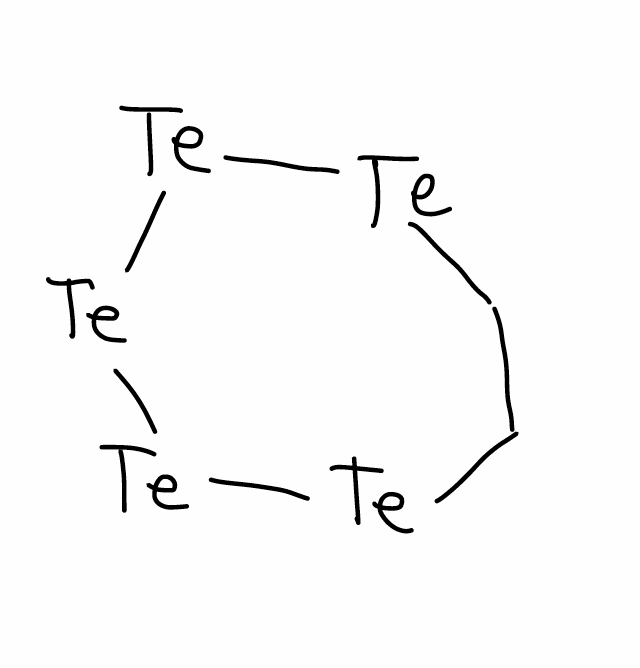
Simplified molecular-input line-entry system (SMILES) notation of the given molecule:
C1C[Te][Te][Te][Te][Te]1